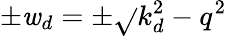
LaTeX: \pm\mathit{w}_{d}=\pm\sqrt{}{{k_{d}^{2}-q^{2}}}